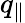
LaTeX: q_{\| }